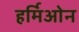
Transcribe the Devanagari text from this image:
हर्मिओन